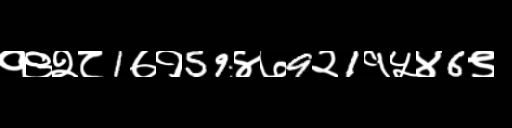
Text: १९२८1७१59४७9२1१५४6९